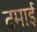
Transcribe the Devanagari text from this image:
दमाई